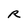
Character: R